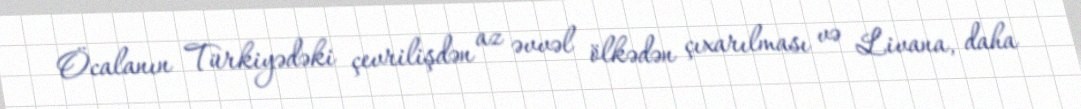
Öcalanın Türkiyədəki çevrilişdən az əvvəl ölkədən çıxarılması və Livana, daha